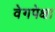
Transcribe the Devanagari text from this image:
वेगपेक्षा